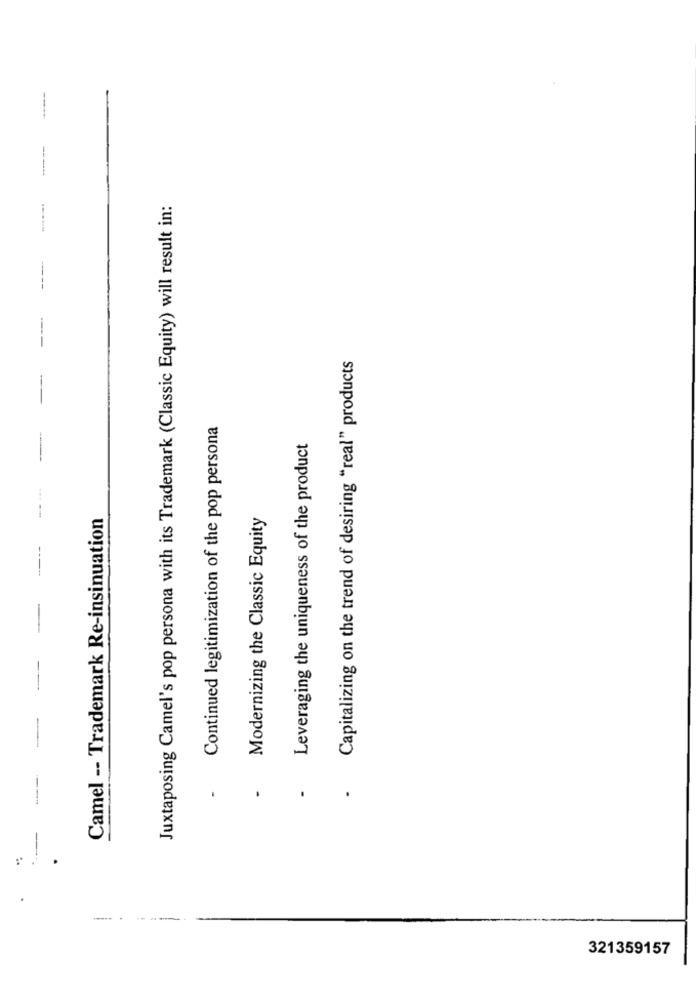
-----
Juxtaposing Camel's pop persona with its Trademark (Classic Equity) will result in:
Capitalizing on the trend of desiring "real" products
Continued legitimization of the pop persona
Leveraging the uniqueness of the product
Camel -- Trademark Re-insinuation
Modernizing the Classic Equity
.
.
..
321359157